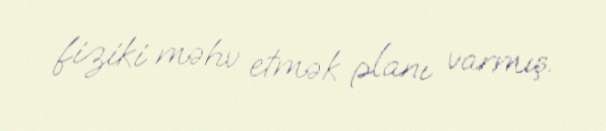
fiziki məhv etmək planı varmış.